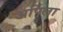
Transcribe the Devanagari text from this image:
अर्पिला